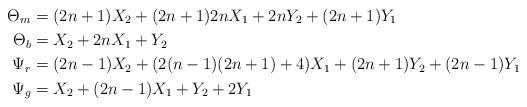
LaTeX: \begin{align*}\Theta_m &= (2n+1)X_2 + (2n+1)2nX_1 + 2nY_2 + (2n+1)Y_1\\\Theta_b &= X_2 + 2nX_1 + Y_2\\\Psi_r &= (2n-1)X_2 + (2(n-1)(2n+1) + 4) X_1 + (2n+1)Y_2 + (2n-1)Y_1\\\Psi_g &= X_2 + (2n-1)X_1 + Y_2 + 2Y_1\end{align*}